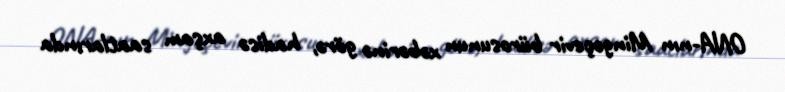
ONA-nın Mingəçevir bürosunun xəbərinə görə, hadisə axşam saatlarında